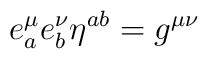
e^{\mu }_{a}e^{\nu }_{b}\eta ^{ab}=g^{\mu \nu }